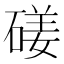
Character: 𥔣